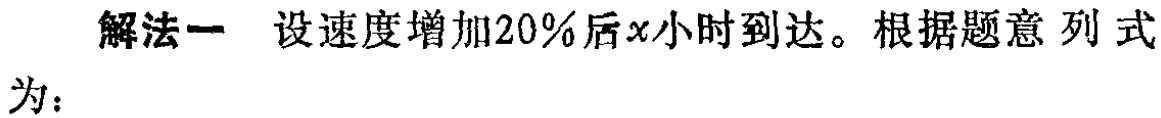
解法一 设速度增加20%后\(x\)小时到达。根据题意 列式为：